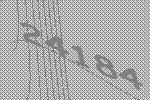
24184